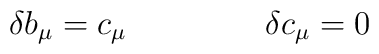
\delta b_\mu = c_\mu  \;\;\;\;\;\;\;\;\;\;\;\;\;\;\; \delta c_\mu = 0